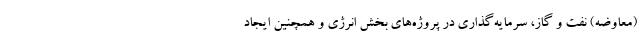
(معاوضه) نفت و گاز، سرمایه‌گذاری در پروژه‌های بخش انرژی و همچنین ایجاد